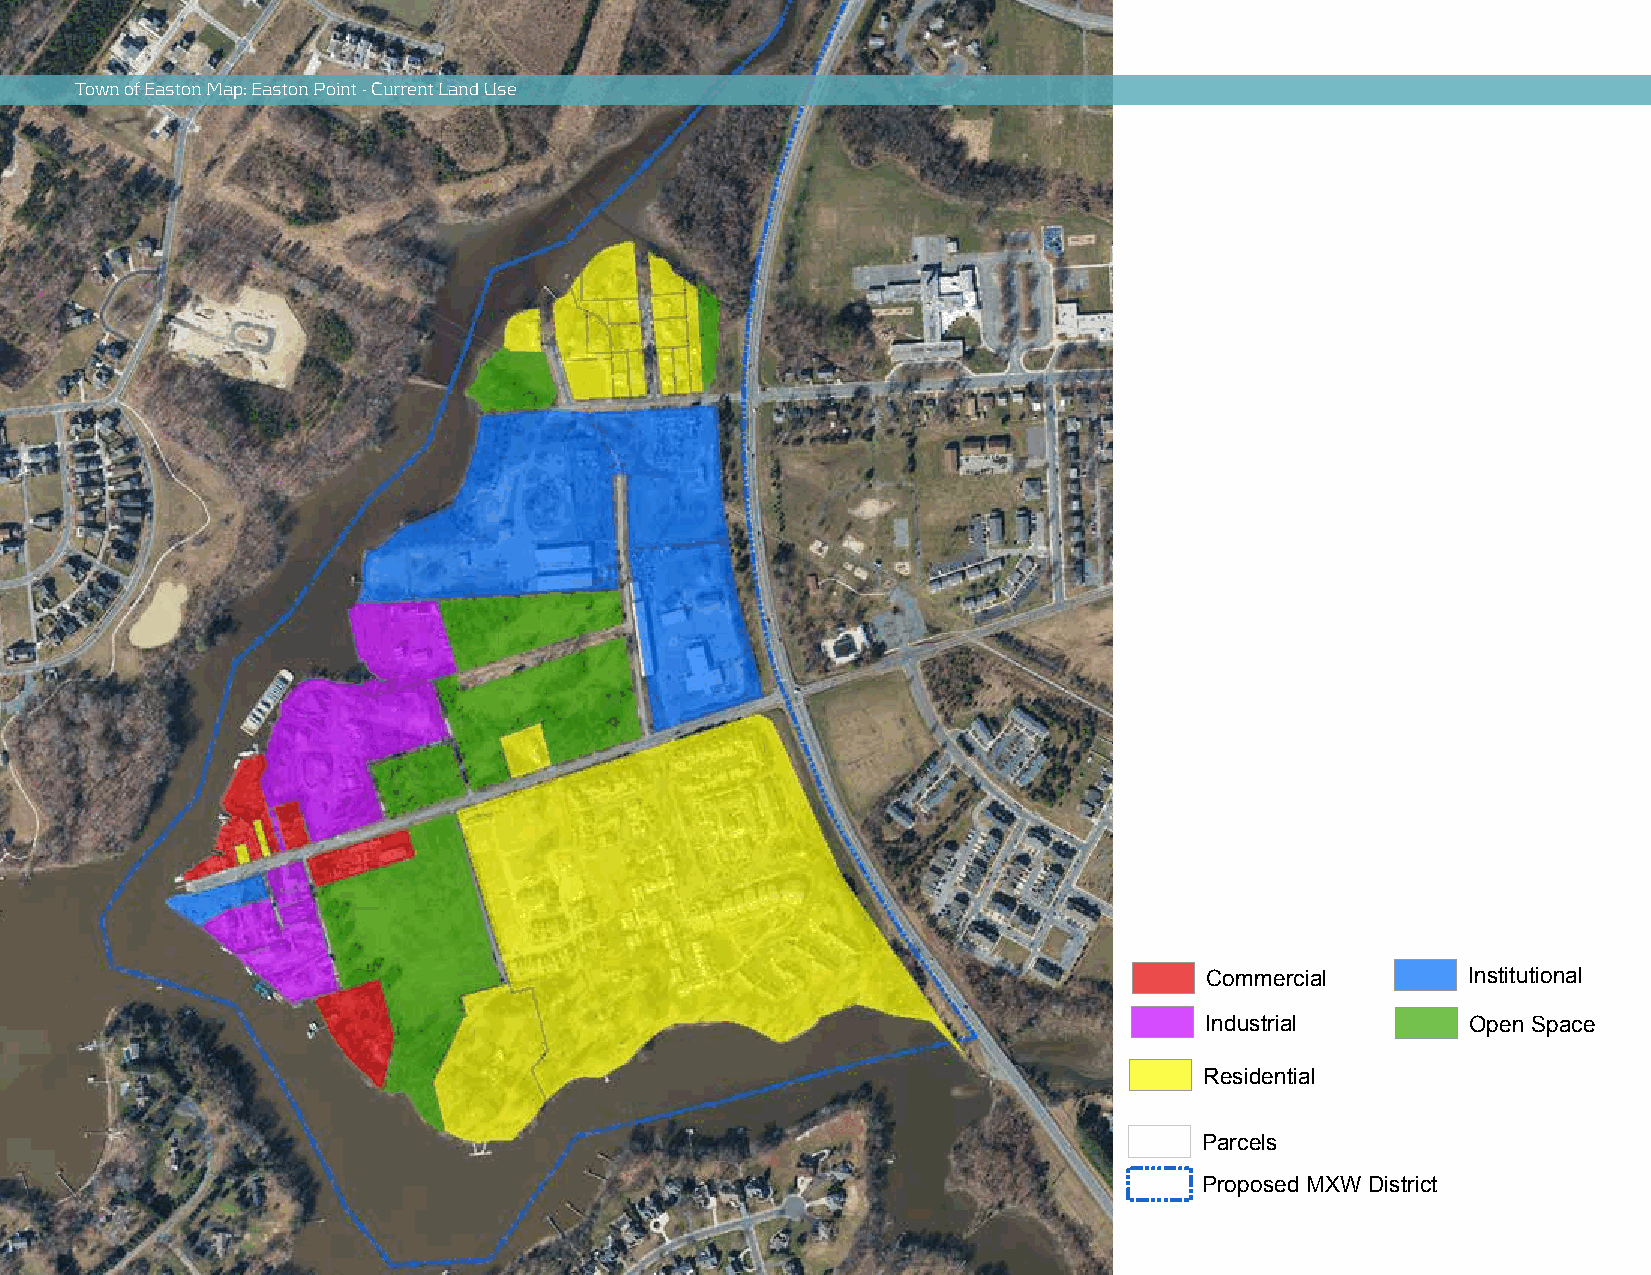
Easton   Point   Current   Land   Use
 Easton   Point   Current   Land   Use
 Easton    Point  Current    Land   Use
 Easton    Point   Current   Land   Use
 Town of Easton Map: Easton Point - Current Land Use
 ¯
 ¯
 Commercial       Institutional    Residential    Parcels
 ¯
 Industrial       Open Space                      Proposed MXW District
 Commercial       Institutional    Residential    Parcels
 Industrial       Open Space                      Proposed MXW District
 Commercial        Institutional   Residential     Parcels
 Industrial        Open Space                      Proposed MXW District
 ¯
 Commercial       Institutional    Residential    Parcels
 Industrial       Open Space                      Proposed MXW District